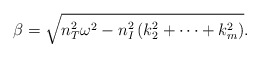
\begin{align*}\beta = \sqrt{ n_T^2 \omega^2 - n_I^2\left(k_2^2+\cdots+k_m^2\right)}.\end{align*}